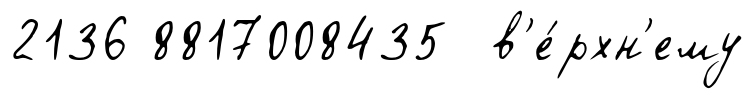
2136 8817008435 в'е́рхн'ему